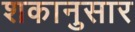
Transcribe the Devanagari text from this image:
शकानुसार